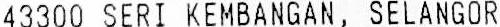
43300 SERI KEMBANGAN, SELANGOR